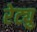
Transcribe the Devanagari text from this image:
रेट्यु